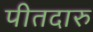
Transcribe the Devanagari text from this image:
पीतदारु